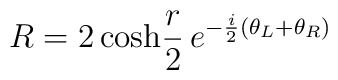
R =2 \, {\rm cosh} \frac{r}{2} \,               e^{-\frac{i}{2}(\theta_L+\theta_R)}